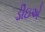
ડીઇએ